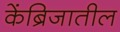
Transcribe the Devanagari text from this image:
केंब्रिजातील